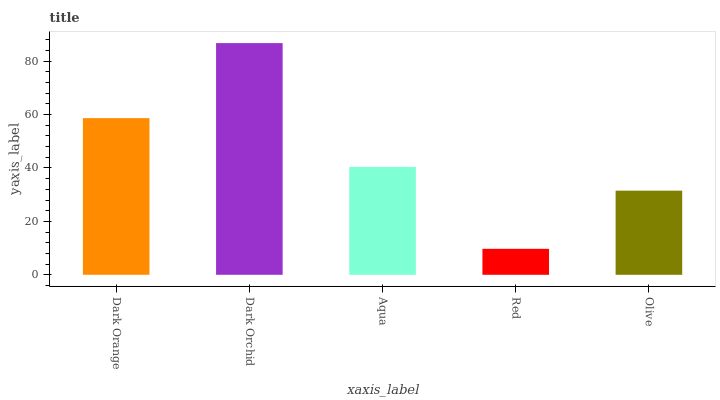
| xaxis_label | bars |
 | --- | --- |
 | Dark Orange | 58.7 |
 | Dark Orchid | 86.8 |
 | Aqua | 40.4 |
 | Red | 9.73 |
 | Olive | 31.5 |